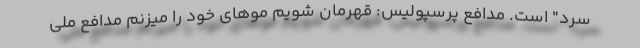
سرد" است. مدافع پرسپولیس: قهرمان شویم موهای خود را میزنم مدافع ملی